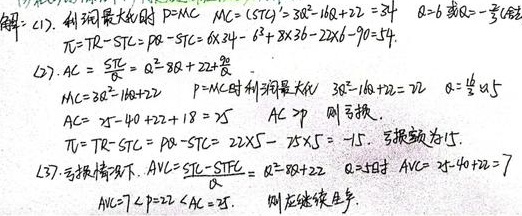
解：(1) 利润最大时 \(P = MC\)。
\(MC=(STC)^\prime=3Q^{2}-16Q + 22 = 34\)，\(Q = 6\) 或 \(Q =-\frac{2}{3}\)（舍去）
\[\begin{align*}
\pi&=TR - STC=PQ - STC=6\times34-6^{3}+8\times6^{2}-22\times6 - 90 = 54
\end{align*}\]
(2) \(AC=\frac{STC}{Q}=Q^{2}-8Q + 22+\frac{90}{Q}\)
\(MC=3Q^{2}-16Q + 22\)
\(P = MC\) 时利润最大，\(3Q^{2}-16Q + 22 = 22\)
\(Q=\frac{16}{3}\) 或 \(Q = 0\)
\(AC=(\frac{16}{3})^{2}-4\times\frac{16}{3}+22 + 18 = 25\)
\(AC>P\)，则亏损
\[\begin{align*}
\pi&=TR - STC=PQ - STC=22\times\frac{16}{3}-25\times\frac{16}{3}=-15
\end{align*}\]
亏损额为 15

(3) 亏损情况下，\(AVC=\frac{TVC}{Q}=Q^{2}-8Q + 22\)
\(Q = 4\) 时，\(AVC=4^{2}-4\times4 + 22 = 7\)
\(AVC = 7<P = 22<AC = 25\)，则应继续生产